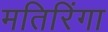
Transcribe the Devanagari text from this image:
मतिरिंगा